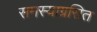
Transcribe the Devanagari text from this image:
समस्याग्रसित